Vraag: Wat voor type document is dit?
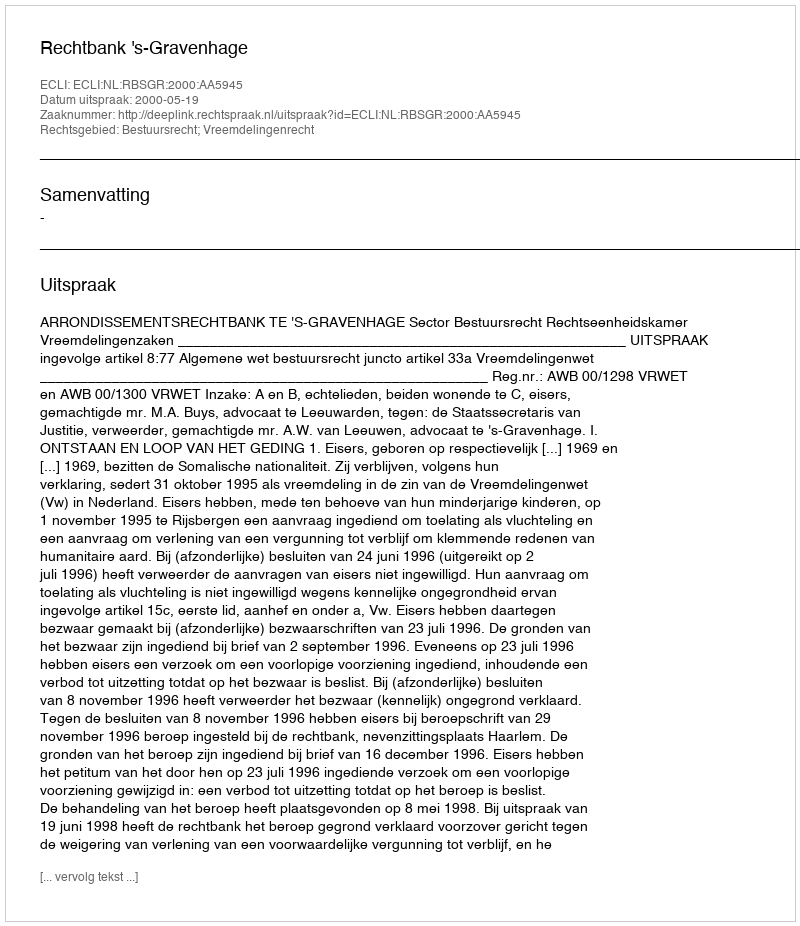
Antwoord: Uitspraak